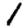
Digit: 1